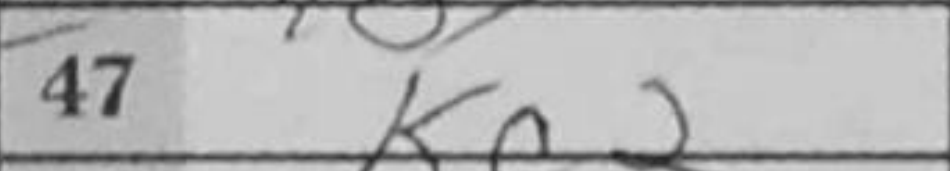
Transcription: Kc2